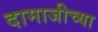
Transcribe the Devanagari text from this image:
दामाजीच्या